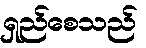
ရှည်စေသည်